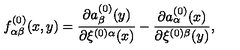
f _ { \alpha \beta } ^ { ( 0 ) } ( x , y ) = \frac { \partial a _ { \beta } ^ { ( 0 ) } ( y ) } { \partial \xi ^ { ( 0 ) \alpha } ( x ) } - \frac { \partial a _ { \alpha } ^ { ( 0 ) } ( x ) } { \partial \xi ^ { ( 0 ) \beta } ( y ) } ,